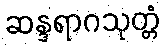
ဆန္ဒရာဂသုတ္တံ